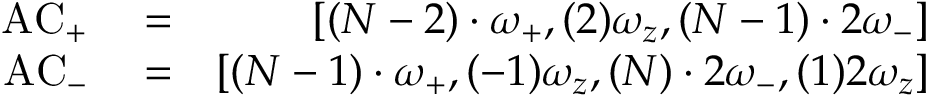
\begin{array} { r l r } { \mathrm { A C } _ { + } } & { { } = } & { \left[ ( N - 2 ) \cdot \omega _ { + } , ( 2 ) \omega _ { z } , ( N - 1 ) \cdot 2 \omega _ { - } \right] } \\ { \mathrm { A C } _ { - } } & { { } = } & { \left[ ( N - 1 ) \cdot \omega _ { + } , ( - 1 ) \omega _ { z } , ( N ) \cdot 2 \omega _ { - } , ( 1 ) 2 \omega _ { z } \right] } \end{array}